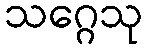
သဂ္ဂေသု